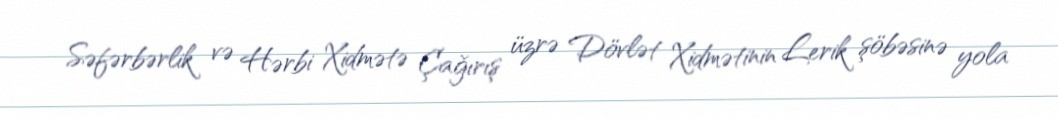
Səfərbərlik və Hərbi Xidmətə Çağırış üzrə Dövlət Xidmətinin Lerik şöbəsinə yola